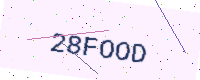
Text: 28FOOD